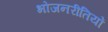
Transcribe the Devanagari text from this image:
भोजनरीतियों